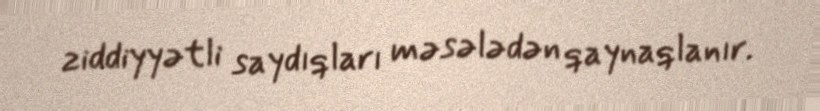
ziddiyyətli saydıqları məsələdən qaynaqlanır.